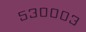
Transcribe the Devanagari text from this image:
५३०००३